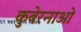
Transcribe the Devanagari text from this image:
कुबेरनाओ